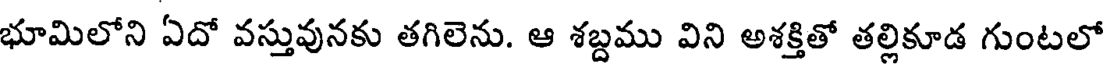
భూమిలోని ఏదో వస్తువునకు తగిలెను. ఆ శబ్దము విని అశక్తితో తల్లికూడ గుంటలో